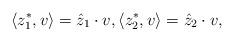
LaTeX: \begin{align*}\langle z_1^*, v\rangle = \hat z_1 \cdot v,\langle z_2^*,v\rangle = \hat z_2\cdot v,\end{align*}